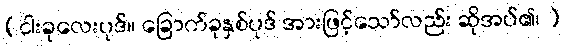
(ငါးခုလေးပုဒ်။ ခြောက်ခုနှစ်ပုဒ် အားဖြင့်သော်လည်း ဆိုအပ်၏၊ )